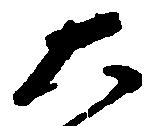
大